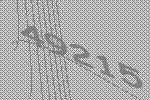
49215